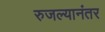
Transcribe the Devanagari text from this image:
रुजल्यानंतर